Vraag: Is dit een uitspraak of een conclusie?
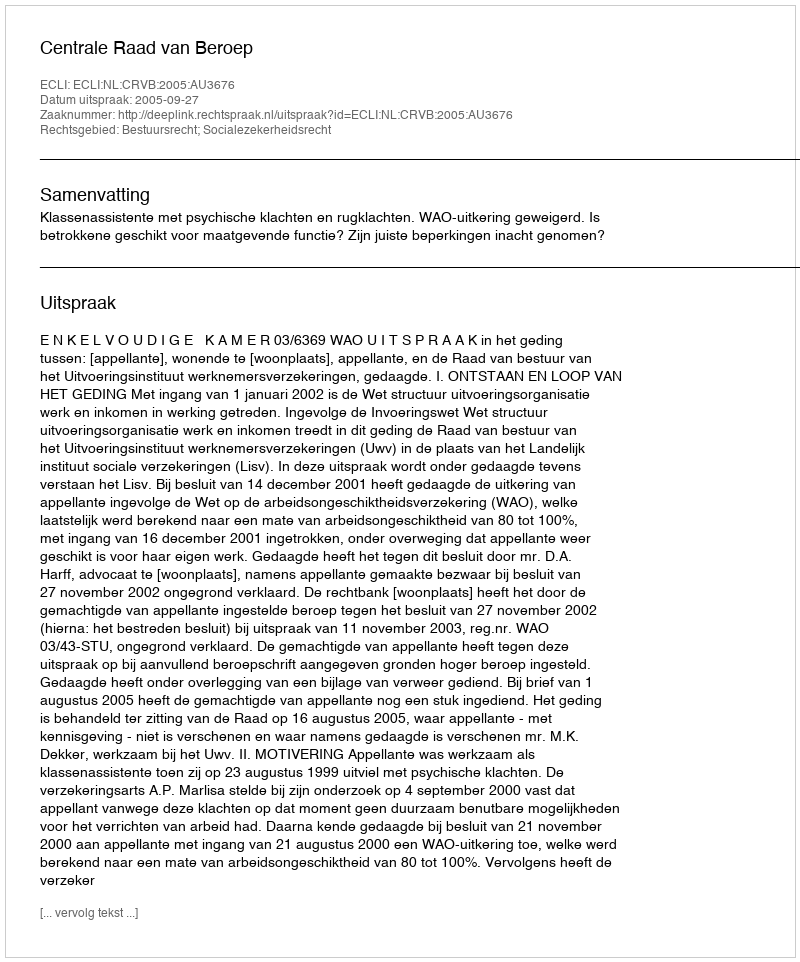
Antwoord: Uitspraak